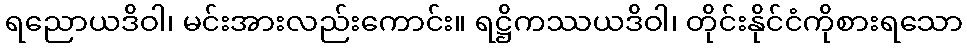
ရညောယဒိဝါ၊ မင်းအားလည်းကောင်း။ ရဋ္ဌိကဿယဒိဝါ၊ တိုင်းနိုင်ငံကိုစားရသော